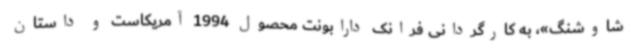
شاوشنگ»، به کارگردانی فرانک دارابونت محصول 1994 آمریکاست و داستان